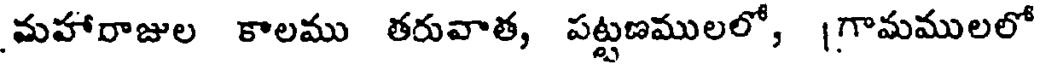
మహారాజుల కాలము తరువాత, పట్టణములలో, | గామములలో